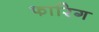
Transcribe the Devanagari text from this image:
फारिग